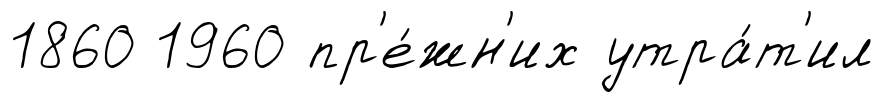
1860 1960 пр'е́жн'их утра́т'ил